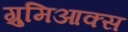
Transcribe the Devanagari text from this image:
ग्रुमिआक्स